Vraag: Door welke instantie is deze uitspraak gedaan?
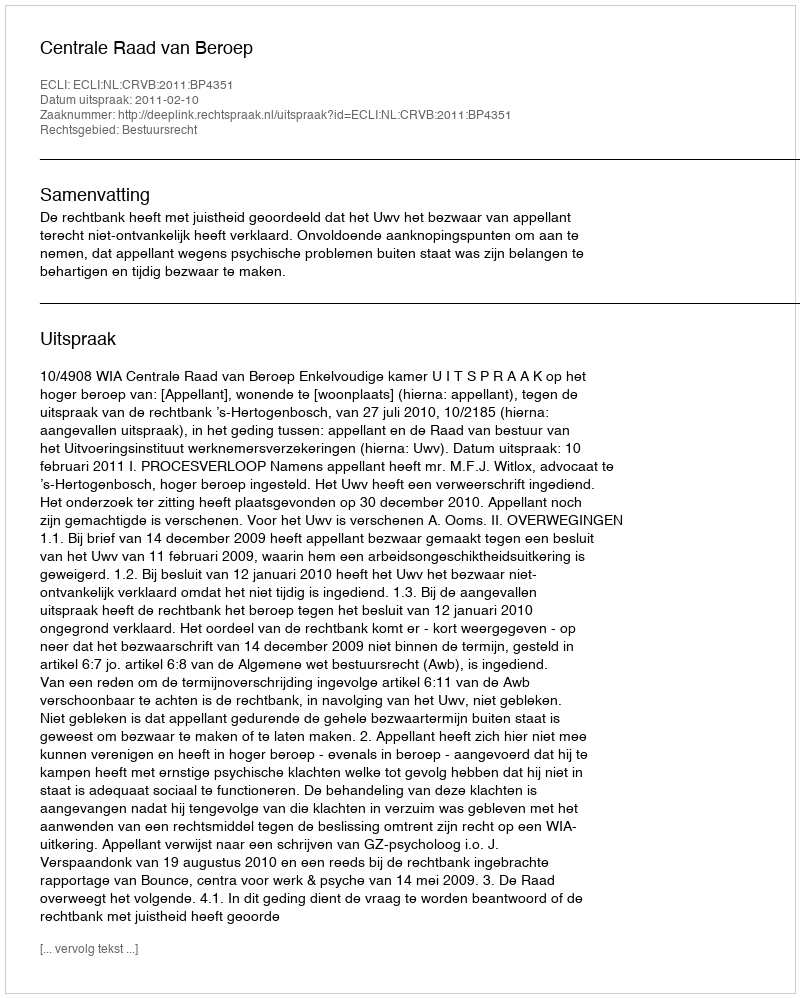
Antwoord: Centrale Raad van Beroep